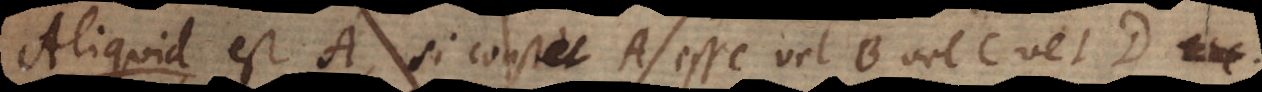
i d est A, si constet A esse vel B vel C vel D